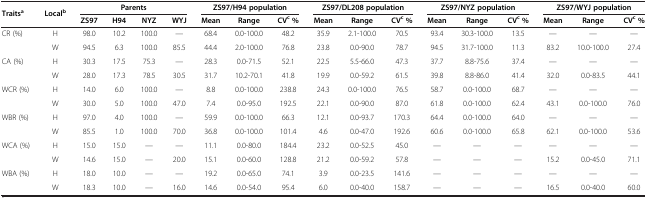
<table><thead><tr><td rowspan="2"><b>Traits<sup>a</sup></b></td><td rowspan="2"><b>Local<sup>b</sup></b></td><td colspan="4"><b>Parents</b></td><td colspan="3"><b>ZS97/H94 population</b></td><td colspan="3"><b>ZS97/DL208 population</b></td><td colspan="3"><b>ZS97/NYZ population</b></td><td colspan="3"><b>ZS97/WYJ population</b></td></tr><tr><td><b>ZS97</b></td><td><b>H94</b></td><td><b>NYZ</b></td><td><b>WYJ</b></td><td><b>Mean</b></td><td><b>Range</b></td><td><b>CV<sup>c </sup>%</b></td><td><b>Mean</b></td><td><b>Range</b></td><td><b>CV<sup>c </sup>%</b></td><td><b>Mean</b></td><td><b>Range</b></td><td><b>CV<sup>c </sup>%</b></td><td><b>Mean</b></td><td><b>Range</b></td><td><b>CV<sup>c </sup>%</b></td></tr></thead><tbody><tr><td rowspan="2">CR (%)</td><td>H</td><td>98.0</td><td>10.2</td><td>100.0</td><td>—</td><td>68.4</td><td>0.0-100.0</td><td>48.2</td><td>35.9</td><td>2.1-100.0</td><td>70.5</td><td>93.4</td><td>30.3-100.0</td><td>13.5</td><td>—</td><td>—</td><td>—</td></tr><tr><td>W</td><td>94.5</td><td>6.3</td><td>100.0</td><td>85.5</td><td>44.4</td><td>2.0-100.0</td><td>76.8</td><td>23.8</td><td>0.0-90.0</td><td>78.7</td><td>94.5</td><td>31.7-100.0</td><td>11.3</td><td>83.2</td><td>10.0-100.0</td><td>27.4</td></tr><tr><td rowspan="2">CA (%)</td><td>H</td><td>30.3</td><td>17.5</td><td>75.3</td><td>—</td><td>28.3</td><td>0.0-71.5</td><td>52.1</td><td>22.5</td><td>5.5-66.0</td><td>47.3</td><td>37.7</td><td>8.8-75.6</td><td>37.4</td><td>—</td><td>—</td><td>—</td></tr><tr><td>W</td><td>28.0</td><td>17.3</td><td>78.5</td><td>30.5</td><td>31.7</td><td>10.2-70.1</td><td>41.8</td><td>19.9</td><td>0.0-59.2</td><td>61.5</td><td>39.8</td><td>8.8-86.0</td><td>41.4</td><td>32.0</td><td>0.0-83.5</td><td>44.1</td></tr><tr><td rowspan="2">WCR (%)</td><td>H</td><td>14.0</td><td>6.0</td><td>100.0</td><td>—</td><td>8.8</td><td>0.0-100.0</td><td>238.8</td><td>24.3</td><td>0.0-100.0</td><td>76.5</td><td>58.7</td><td>0.0-100.0</td><td>68.7</td><td>—</td><td>—</td><td>—</td></tr><tr><td>W</td><td>30.0</td><td>5.0</td><td>100.0</td><td>47.0</td><td>7.4</td><td>0.0-95.0</td><td>192.5</td><td>22.1</td><td>0.0-90.0</td><td>87.0</td><td>61.8</td><td>0.0-100.0</td><td>62.4</td><td>43.1</td><td>0.0-100.0</td><td>76.0</td></tr><tr><td rowspan="2">WBR (%)</td><td>H</td><td>97.0</td><td>4.0</td><td>100.0</td><td>—</td><td>59.9</td><td>0.0-100.0</td><td>66.3</td><td>12.1</td><td>0.0-93.7</td><td>170.3</td><td>64.4</td><td>0.0-100.0</td><td>64.0</td><td>—</td><td>—</td><td>—</td></tr><tr><td>W</td><td>85.5</td><td>1.0</td><td>100.0</td><td>70.0</td><td>36.8</td><td>0.0-100.0</td><td>101.4</td><td>4.6</td><td>0.0-47.0</td><td>192.6</td><td>60.6</td><td>0.0-100.0</td><td>65.8</td><td>62.1</td><td>0.0-100.0</td><td>53.6</td></tr><tr><td rowspan="2">WCA (%)</td><td>H</td><td>15.0</td><td>15.0</td><td>—</td><td>—</td><td>11.1</td><td>0.0-80.0</td><td>184.4</td><td>23.2</td><td>0.0-52.5</td><td>45.0</td><td>—</td><td>—</td><td>—</td><td>—</td><td>—</td><td>—</td></tr><tr><td>W</td><td>14.6</td><td>15.0</td><td>—</td><td>20.0</td><td>15.1</td><td>0.0-60.0</td><td>128.8</td><td>21.2</td><td>0.0-59.2</td><td>57.8</td><td>—</td><td>—</td><td>—</td><td>15.2</td><td>0.0-45.0</td><td>71.1</td></tr><tr><td>WBA (%)</td><td>H</td><td>18.0</td><td>10.0</td><td>—</td><td>—</td><td>19.2</td><td>0.0-65.0</td><td>74.1</td><td>3.9</td><td>0.0-23.5</td><td>141.6</td><td>—</td><td>—</td><td>—</td><td>—</td><td>—</td><td>—</td></tr><tr><td> </td><td>W</td><td>18.3</td><td>10.0</td><td>—</td><td>16.0</td><td>14.6</td><td>0.0-54.0</td><td>95.4</td><td>6.0</td><td>0.0-40.0</td><td>158.7</td><td>—</td><td>—</td><td>—</td><td>16.5</td><td>0.0-40.0</td><td>60.0</td></tr></tbody></table>